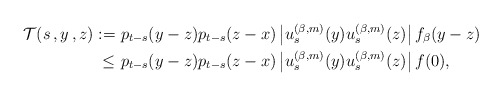
\begin{align*}\mathcal{T}(s\,,y\,,z) :=&\ p_{t-s}(y-z) p_{t-s}(z-x)\left| u^{(\beta,m)}_s(y) u^{(\beta,m)}_s(z) \right|f_\beta(y-z) \\\le&\ p_{t-s}(y-z) p_{t-s}(z-x)\left| u^{(\beta,m)}_s(y) u^{(\beta,m)}_s(z) \right|f(0),\end{align*}